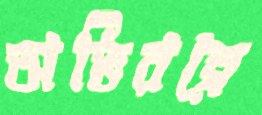
অভিরত্নে